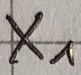
Text: X1